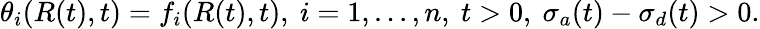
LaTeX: \theta_{i}(R(t),t)=f_{i}(R(t),t),\ i=1,...,n,\ t>0,\ \sigma_{a}(t)-\sigma_{d}(t)>0.